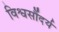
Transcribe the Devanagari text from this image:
विश्वसौंदर्य